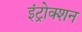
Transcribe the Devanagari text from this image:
इंट्रोक्शन